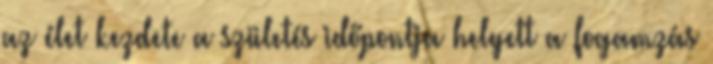
az élet kezdete a születés időpontja helyett a fogamzás